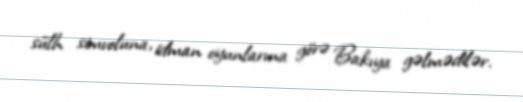
sülh simvoluna, idman oyunlarına görə Bakıya gəlmədilər.